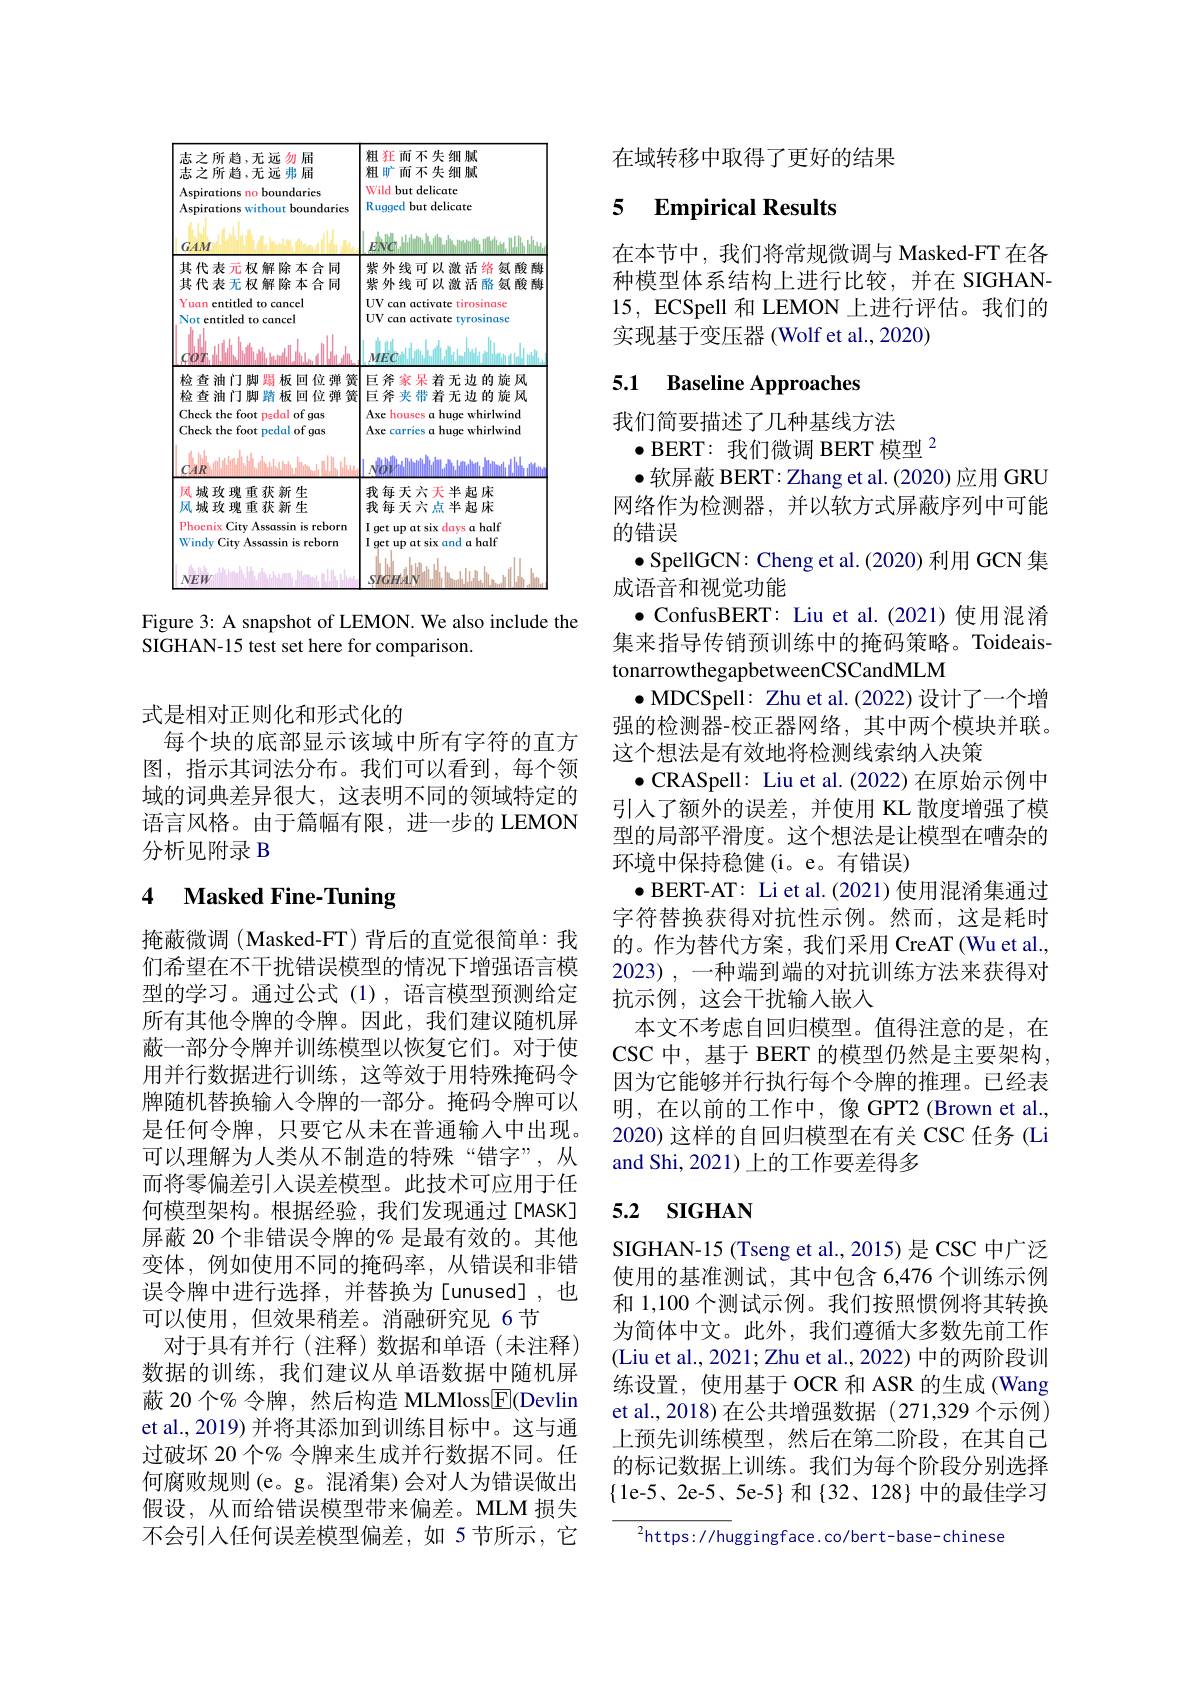
<FigureHere>

Figure 3: A snapshot of LEMON. We also include the
SIGHAN-15 test set here for comparison.

式是相对正则化和形式化的
每个块的底部显示该域中所有字符的直方图，指示其词法分布。我们可以看到，每个领域的词典差异很大，这表明不同的领域特定的语言风格。由于篇幅有限，进一步的 LEMON 分析见附录 B

# 4 Masked Fine-Tuning

掩蔽微调(Masked-FT) 背后的直觉很简单：我们希望在不干扰错误模型的情况下增强语言模型的学习。通过公式(1), 语言模型预测给定所有其他令牌的令牌。因此，我们建议随机屏蔽一部分令牌并训练模型以恢复它们。对于使用并行数据进行训练，这等效于用特殊掩码令牌随机替换输入令牌的一部分。掩码令牌可以是任何令牌，只要它从未在普通输入中出现。可以理解为人类从不制造的特殊“错字”,从而将零偏差引人误差模型。此技术可应用于任何模型架构。根据经验，我们发现通过[MASK] 屏蔽 20 个非错误令牌的% 是最有效的。其他变体，例如使用不同的掩码率，从错误和非错误令牌中进行选择，并替换为[unused],也可以使用，但效果稍差。消融研究见 6节
对于具有并行(注释)数据和单语(未注释) 数据的训练，我们建议从单语数据中随机屏蔽 20 个% 令牌，然后构造 MLMloss$\boxed{\mathrm{F}}($Devlin et al., 2019) 并将其添加到训练目标中。这与通过破坏 20 个% 令牌来生成并行数据不同。任何腐败规则(e。g。混淆集)会对人为错误做出假设，从而给错误模型带来偏差。MLM 损失不会引入任何误差模型偏差，如 5节所示，它

在域转移中取得了更好的结果

### 5 $\textbf{Empirical Results}$

在本节中，我们将常规微调与 Masked-FT 在各种模型体系结构上进行比较，并在 SIGHAN- 15, ECSpell 和 LEMON 上进行评估。我们的实现基于变压器(Wolf et al., 2020)

# 5.1 Baseline Approaches

我们简要描述了几种基线方法
$\bullet$ BERT: 我们微调 BERT 模型$^2$
$\bullet$软屏蔽 BERT: Zhang et al. (2020) 应用 GRU 网络作为检测器，并以软方式屏蔽序列中可能的错误
$\bullet$SpellGCN: Cheng et al. (2020) 利用 GCN 集
成语音和视觉功能
$\bullet$ ConfusBERT: Liu et al.(2021)使用混淆集来指导传销预训练中的掩码策略。ToideaistonarrowthegapbetweenCSCandMLM
$\bullet$MDCSpell: Zhu et al.(2022) 设计了一个增强的检测器-校正器网络，其中两个模块并联。这个想法是有效地将检测线索纳入决策
$\bullet$ CRASpell: Liu et al. (2022) 在原始示例中引入了额外的误差，并使用 KL 散度增强了模型的局部平滑度。这个想法是让模型在嘈杂的环境中保持稳健(i。e。有错误)
$\bullet$ BERT-AT: Li et al.(2021) 使用混淆集通过字符替换获得对抗性示例。然而，这是耗时的。作为替代方案，我们采用 CreAT(Wu et al., 2023) ,一种端到端的对抗训练方法来获得对抗示例，这会干扰输入嵌入
本文不考虑自回归模型。值得注意的是，在CSC 中，基于 BERT 的模型仍然是主要架构， 因为它能够并行执行每个令牌的推理。已经表明，在以前的工作中，像 GPT2(Brown et al., 2020) 这样的自回归模型在有关 CSC 任务 (Li and Shi, 2021) 上的工作要差得多

## 5.2 SIGHAN

SIGHAN-15 (Tseng et al., 2015) 是 CSC 中广泛使用的基准测试，其中包含 6,476 个训练示例和 1,100 个测试示例。我们按照惯例将其转换为简体中文。此外，我们遵循大多数先前工作(Liu et al., 2021; Zhu et al., 2022) 中的两阶段训练设置，使用基于 OCR 和 ASR 的生成 (Wang et al., 2018)在公共增强数据 (271,329 个示例) 上预先训练模型，然后在第二阶段，在其自己的标记数据上训练。我们为每个阶段分别选择$\{$1e-5、2e-5、5e-5}和{32、128}中的最佳学习

$^2$https://huggingface.co/bert-base-chinese